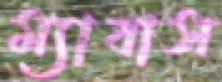
ম্যাবাস